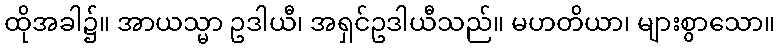
ထိုအခါ၌။ အာယသ္မာ ဥဒါယီ၊ အရှင်ဥဒါယီသည်။ မဟတိယာ၊ များစွာသော။